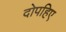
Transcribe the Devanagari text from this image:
दोपहिए